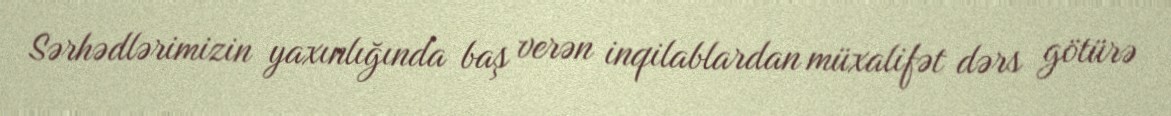
Sərhədlərimizin yaxınlığında baş verən inqilablardan müxalifət dərs götürə